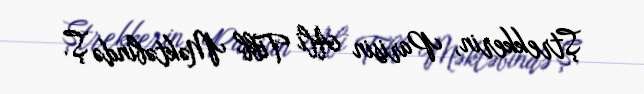
Ştrekkerin, Parisin Ali Tibb Məktəbində Ş.